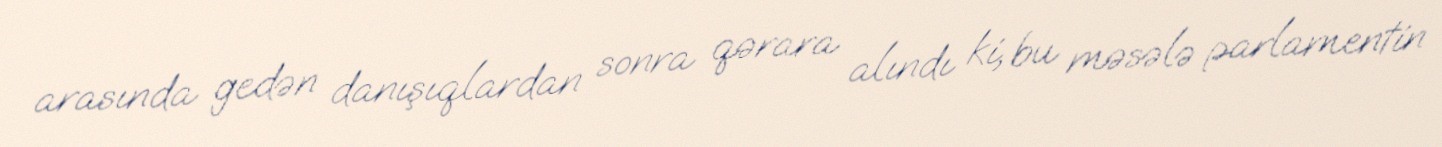
arasında gedən danışıqlardan sonra qərara alındı ki, bu məsələ parlamentin